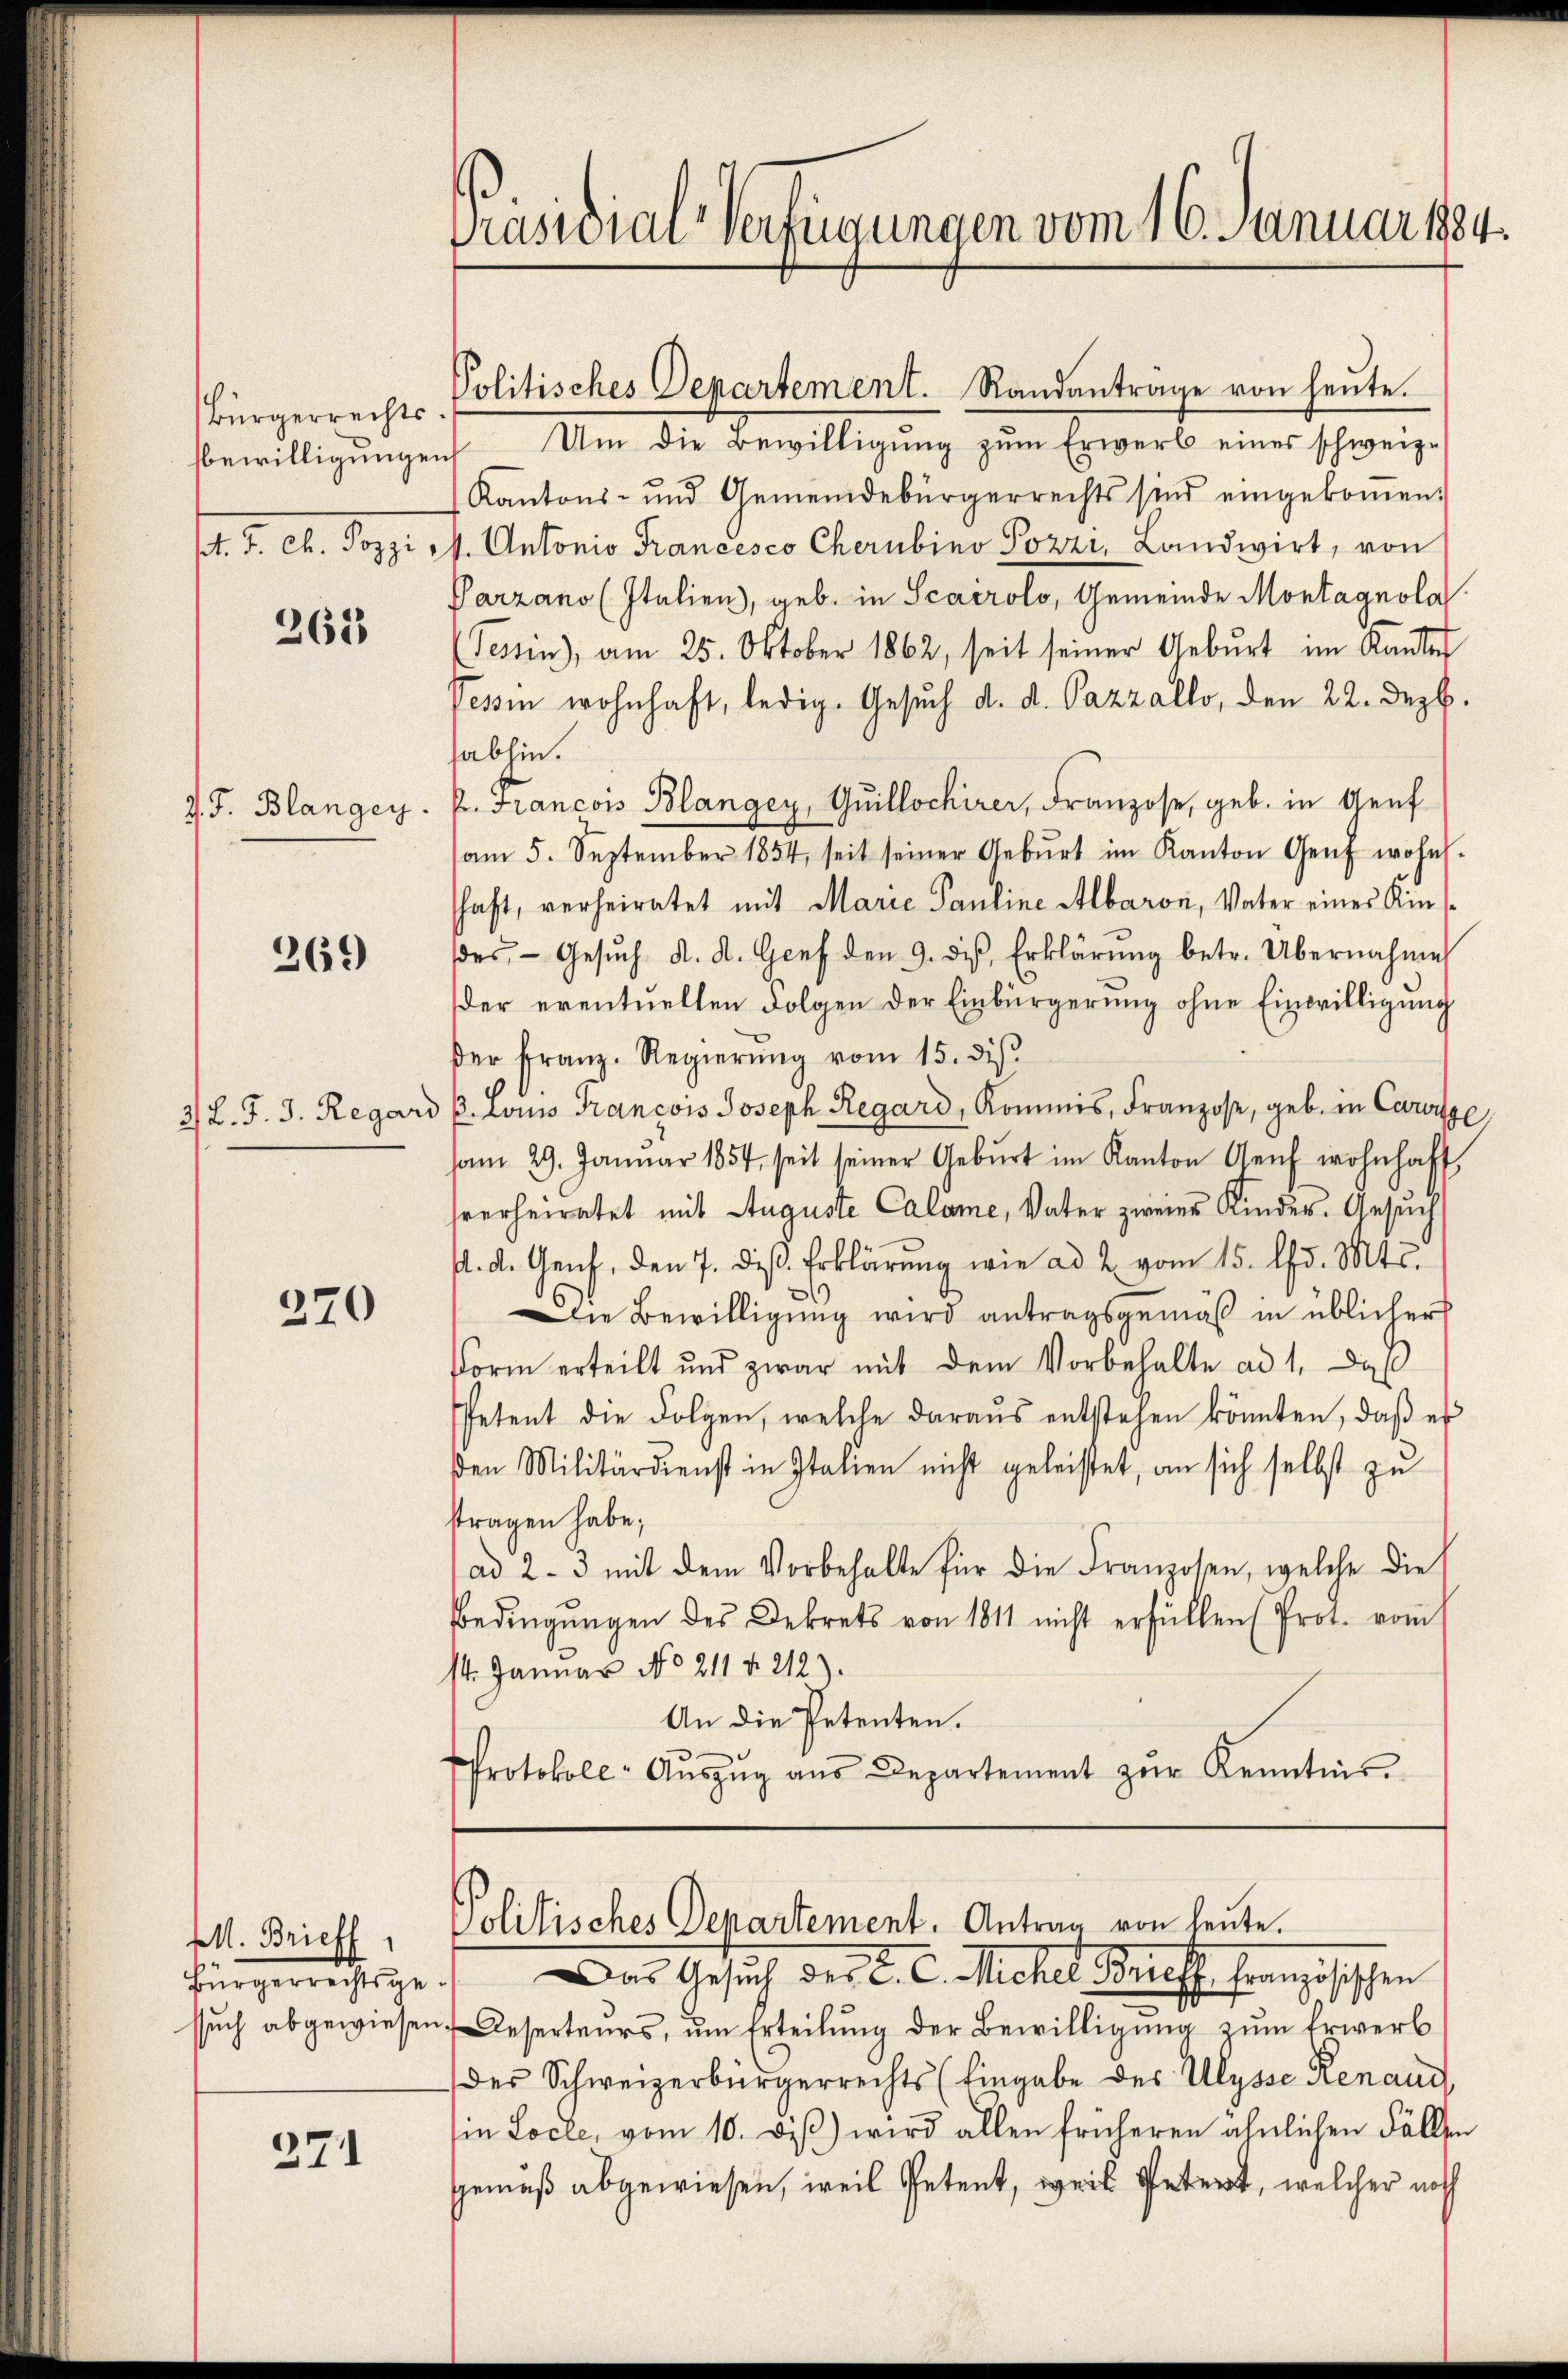
Bürgerrechts
sbewilligungen
1. d. 21. de

262

d. J. Blangen.

269

2 L. J. J. Regard

270

M. Brieff
Bürgerrechtsge

271

Prasnial-Verfügungen vom 16. Januar 1884.

Politisches Departement. Randanträge von heŭte.
 Um die Bewilligŭng zŭm Erwerb eines schweiz.
Kantons- und Gemeindebürgerrechts sind eingekoṁen.
f. Antonio Francesco Cherubino Pozzi, Landwirt, von
Parzano (Italien, geb. in Scairolo, Gemeinde Montagnola
(Tessin, am 25. Oktober 1862, seit seiner Geburt im Kanton
Tessin wohnhaft, ledig. Gesuch d. d. Pazzallo, den 22. Dezb.
habhin.
P. Francois Blanger, Quillochirer, Franzose, geb. in Genf
am 5. September 1854, seit seiner Gebŭrt im Kanton Genf wohn-
haft, verheiratet mit Marie Pauline Albaron, Vater eines Kindes Gesŭch d. d. Genf den 9. des Erklärŭng betr. Übernahme
der eventuellen Folgen der Einbürgerung ohne Einwilligung
der Franz-Regierŭng vom 15. diβ.
β. Louis Francois Joseph Regard, Kommis, Franzose, geb. in Carige
vom 29. Januar 1854, seit seiner Gebŭrt im Kanton Genf wohnhaft
hverheiratet mit Auguste Calame, Vater zweier Kinder. Gesuch
4. d. Genf, den 7. des Erklärung wie ad 2 vom 15. d. Mts.
Die Bewilligung wird antragsgemäß in üblicher
Form erteilt und zwar mit dem Vorbehalte ad 1, daß
Petent die Folgen, welche daraus entstehen könnten, daß es
ßen Militärdienst in Italien nicht geleistet, an sich selbst zu
stragen habe;
ad 2. 3 mit dem Vorbehalte für die Franzosen, welche die
Bedingungen des Dekrets von 1811 nicht erfüllen (Pros. vom
14. Januar No 211 f. 212).
An die Petenten.
Protokoll-Aŭszŭg aŭs Departement zŭr Kenntnis.

sŭch abgewiesen. Deserteurs, um Erteilŭng der Bewilligŭng zŭm Erwerb
des Schweizerbürgerrechts (Eingabe des Ulysse Renaud,
in Locke, vom 10. Dis) wird allen früheren ähnlichen Fällen
Gemäß abgewiesen, weil Petent, weil Petert, welcher noch

Politisches Departement. Antrag von heute.
Das Gesuch des C. C. Micher Brieff. Französischen